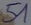
Text: 51